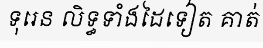
ទុរេន លិទ្ធទាំងដៃទៀត គាត់